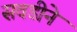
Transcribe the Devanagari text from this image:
सवडीने